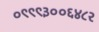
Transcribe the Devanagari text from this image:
०९९९३००६४८२